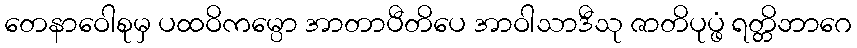
တေနာဝေါစုမှ ပထဝိကမ္ပော အာတာပီတိပေ အာဝါသာဒီသု ဇာတိပုပ္ဖံ ရတ္တိဘာဂေ